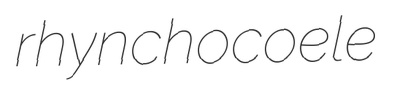
rhynchocoele